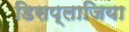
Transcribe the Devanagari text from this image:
डिसप्लाजिया